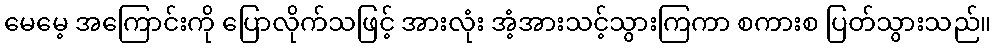
မေမေ့ အကြောင်းကို ပြောလိုက်သဖြင့် အားလုံး အံ့အားသင့်သွားကြကာ စကားစ ပြတ်သွားသည်။